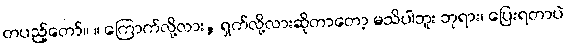
တပည့်တော်။ ။ ကြောက်လို့လား, ရှက်လို့လားဆိုတာတော့ မသိပါဘူး ဘုရား၊ ပြေးရတာပဲ